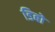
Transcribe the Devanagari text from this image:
डिबो